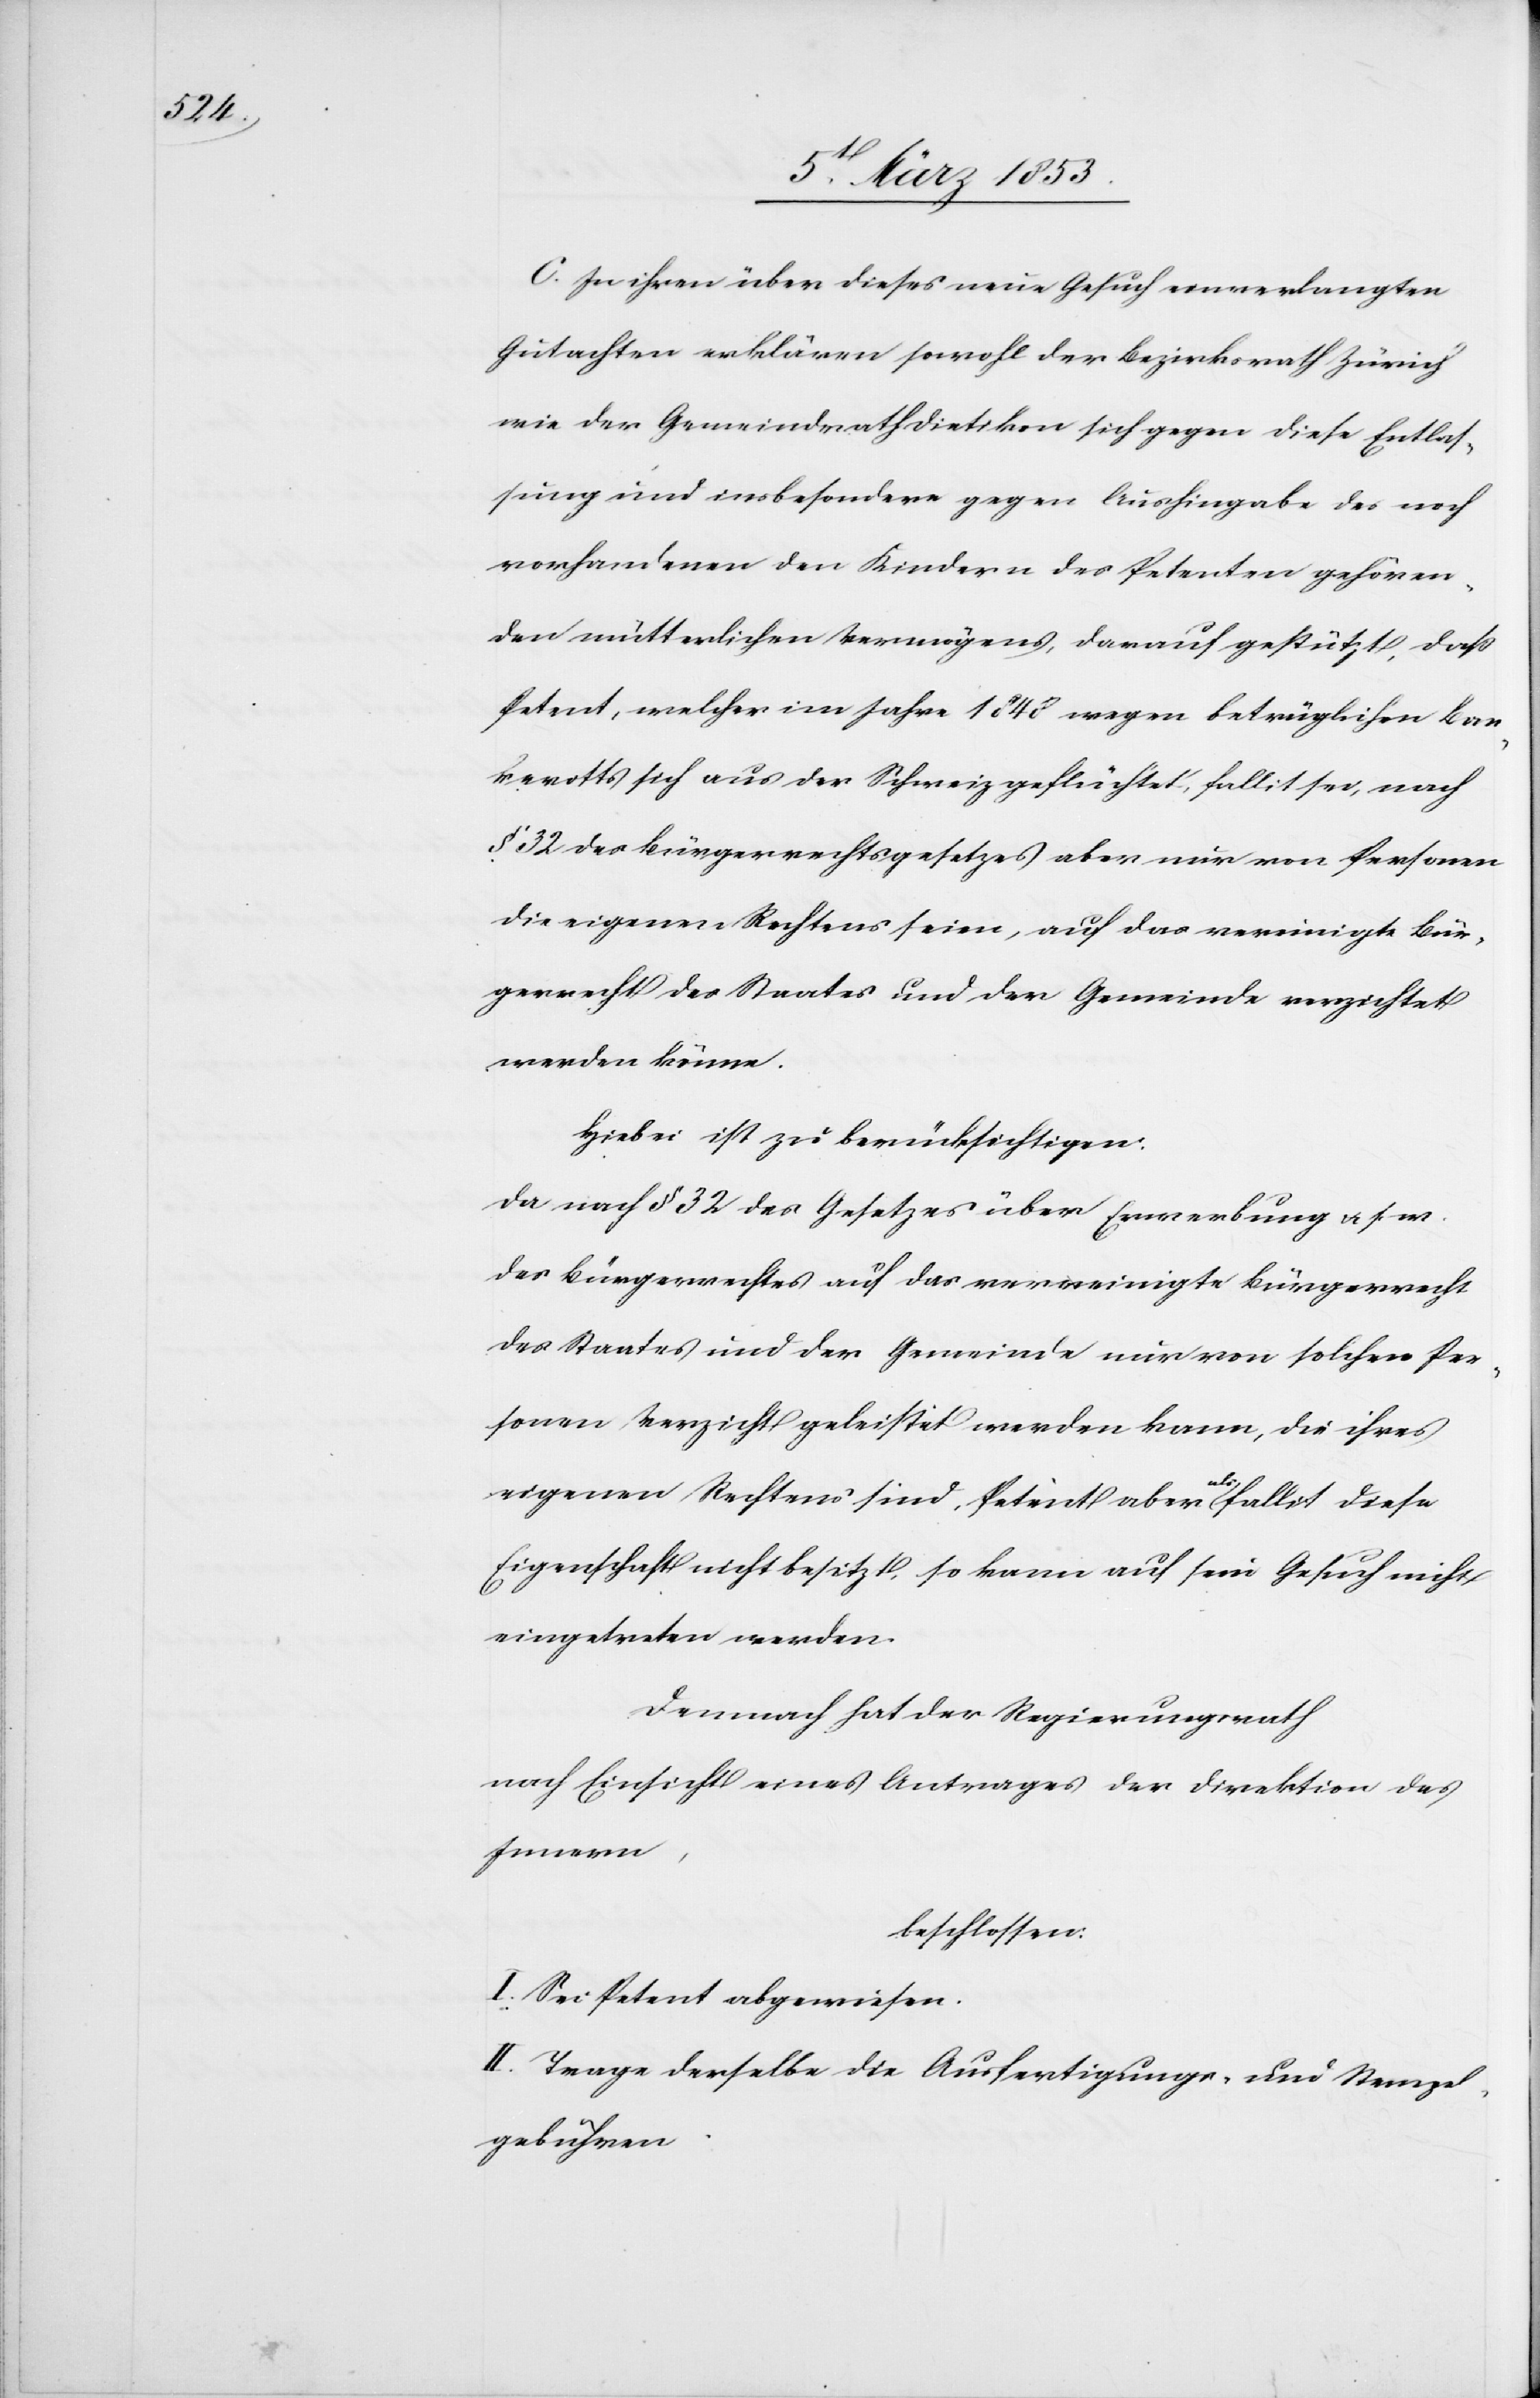
In ihren über dieses Gesuch einverlangten
Gutachten erklären sowohl der Bezirksrath Zürich
wie der Gemeindrath Dietikon sich gegen diese Entlas¬
sung und insbesondere gegen Aushingabe des noch
vorhandenen den Kindern des Petenten gehören¬
den mütterlichen Vermögens, darauf gestützt, daß
Petent, welcher im Jahre 1848 wegen beträglichen Ban¬
krotts sich aus der Schweiz geflüchtet, fallit sei, nach
§ 32 des Bürgerrechtsgesetzes aber nur von Personen
die eigenen Rechtens seien, auf das vereinigte Bür¬
gerrecht des Staates und der Gemeinde verzichtet
werden könne.
Hiebei ist zu berücksichtigen:
Da nach § 32 des Gesetzes über Erwerbung u. s. w.
des Bürgerrechtes auf das vereinigte Bürgerrecht
des Staates und der Gemeinde nur von solchen Per¬
sonen Verzicht geleistet werden kann, die ihres
eigenen Rechtens sind, Petent aber als fallit diese
Eigenschaft nicht besitzt. So kann auf sein Gesuch nicht
eingetreten werden.
Demnach hat der Regierungsrath
nach Einsicht eines Antrages der Direktion des
Innern,
beschlossen:
I. Sei Petent abgewiesen.
II. Trage derselbe die Ausfertigungs- u. Stempel¬
gebühren.